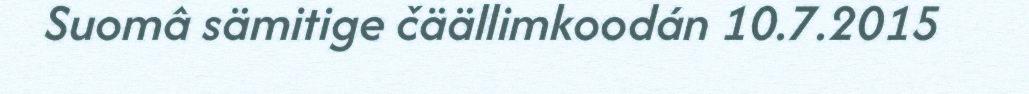
Suomâ sämitige čäällimkoodán 10.7.2015